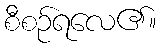
စီစဉ်ရလေ၏။